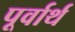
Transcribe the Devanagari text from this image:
पूर्वार्थ